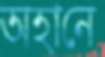
অহানে